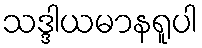
သဒ္ဒါယမာနရူပါ